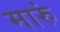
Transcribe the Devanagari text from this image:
मारुं